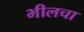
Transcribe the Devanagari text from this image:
भीलचा